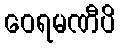
ဝေရမဏီပိ